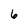
Character: 6